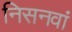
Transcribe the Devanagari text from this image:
निसनवां